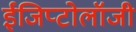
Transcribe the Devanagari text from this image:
ईजिप्टोलॉजी